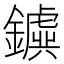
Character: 𨮗